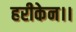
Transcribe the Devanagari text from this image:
हरीकेन।।